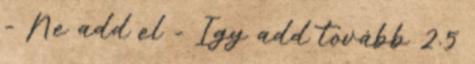
- Ne add el - Így add tovább 2.5